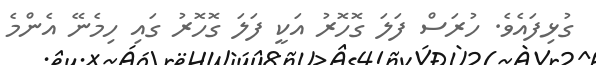
ގުޅިފައެވެ. ހުރަސް ފަލަ ގޮހޮރު އަކީ ފަލަ ގޮހޮރު ގައި ހިމެނޭ އެންމެ